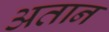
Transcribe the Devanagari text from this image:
अतान